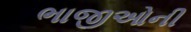
ભાજીઓની